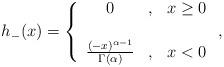
LaTeX: \begin{align*}h_{-}(x)=\left\{\begin{array}[c]{ccc}0 & , & x\geq0\\& & \\\frac{(-x)^{\alpha-1}}{\Gamma(\alpha)} & , & x<0\end{array}\right. ,\end{align*}